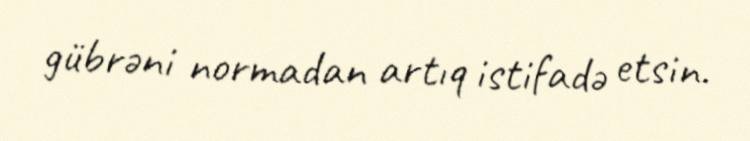
gübrəni normadan artıq istifadə etsin.